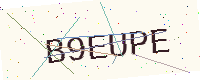
Text: B9EUPE